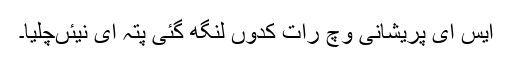
ایس ای پریشانی وچ رات کدوں لنگھ گئی پتہ ای نیئںچلیا۔